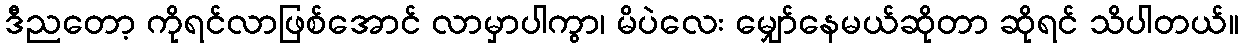
ဒီညတော့ ကိုရင်လာဖြစ်အောင် လာမှာပါကွာ၊ မိပဲလေး မျှော်နေမယ်ဆိုတာ ဆိုရင် သိပါတယ်။